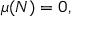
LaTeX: { \mu ( N ) = 0 } ,